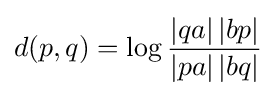
d(p,q)=\log {\frac {\left|qa\right|\left|bp\right|}{\left|pa\right|\left|bq\right|}}